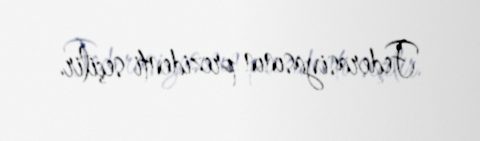
Federasiyasının prezidenti seçilir.